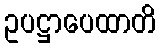
ဥပဋ္ဌာပေထာတိ